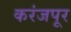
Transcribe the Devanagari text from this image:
करंजपूर